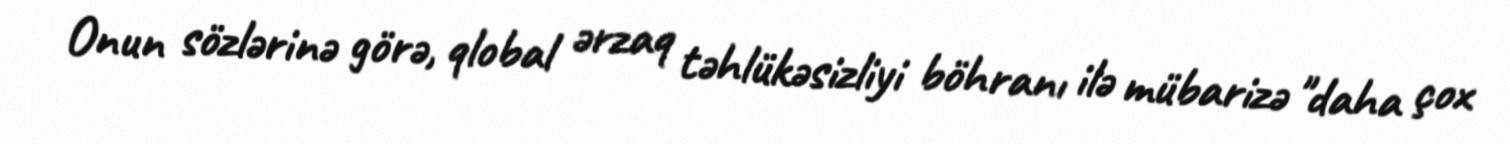
Onun sözlərinə görə, qlobal ərzaq təhlükəsizliyi böhranı ilə mübarizə "daha çox